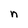
Character: n